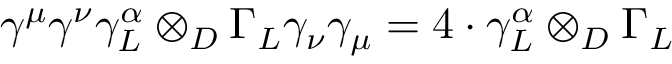
\gamma ^ { \mu } \gamma ^ { \nu } \gamma _ { L } ^ { \alpha } \otimes _ { D } \Gamma _ { L } \gamma _ { \nu } \gamma _ { \mu } = 4 \cdot \gamma _ { L } ^ { \alpha } \otimes _ { D } \Gamma _ { L }